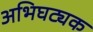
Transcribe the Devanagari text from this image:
अभिघट्यक